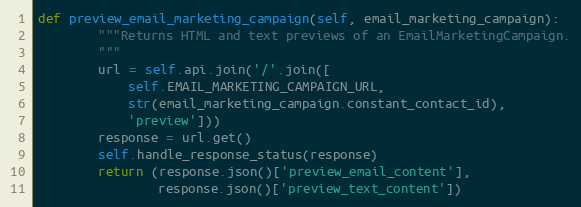
Language: Python
def preview_email_marketing_campaign(self, email_marketing_campaign):
        """Returns HTML and text previews of an EmailMarketingCampaign.
        """
        url = self.api.join('/'.join([
            self.EMAIL_MARKETING_CAMPAIGN_URL,
            str(email_marketing_campaign.constant_contact_id),
            'preview']))
        response = url.get()
        self.handle_response_status(response)
        return (response.json()['preview_email_content'],
                response.json()['preview_text_content'])